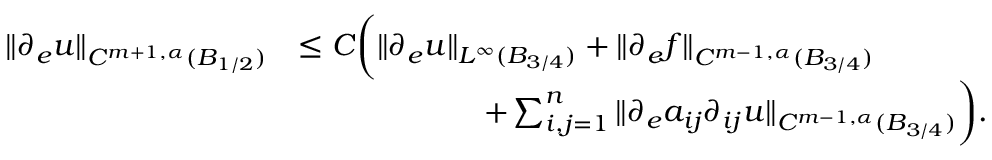
\begin{array} { r l } { \| \partial _ { e } u \| _ { C ^ { m + 1 , \alpha } ( B _ { 1 / 2 } ) } } & { \le C \bigg ( \| \partial _ { e } u \| _ { L ^ { \infty } ( B _ { 3 / 4 } ) } + \| \partial _ { e } f \| _ { C ^ { m - 1 , \alpha } ( B _ { 3 / 4 } ) } } \\ & { \qquad \qquad \qquad + \sum _ { i , j = 1 } ^ { n } \| \partial _ { e } a _ { i j } \partial _ { i j } u \| _ { C ^ { m - 1 , \alpha } ( B _ { 3 / 4 } ) } \bigg ) . } \end{array}